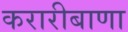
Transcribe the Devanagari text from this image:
करारीबाणा